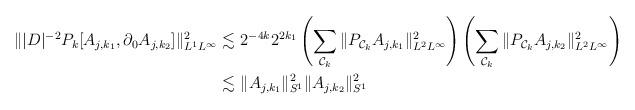
LaTeX: \begin{align*}\| |D|^{-2} P_k [A_{j,k_1}, \partial_0 A_{j,k_2}]\|_{L^1 L^\infty}^2 \lesssim \ & 2^{-4k} 2^{2k_1} \left( \sum_{ \mathcal C_k}\| P_{ \mathcal C_k} A_{j,k_1} \|_{L^2 L^\infty}^2 \right) \left( \sum_{ \mathcal C_k}\| P_{ \mathcal C_k} A_{j,k_2} \|_{L^2 L^\infty}^2 \right) \\\lesssim \ & \| A_{j,k_1} \|_{S^1}^2 \| A_{j,k_2} \|_{S^1}^2\end{align*}